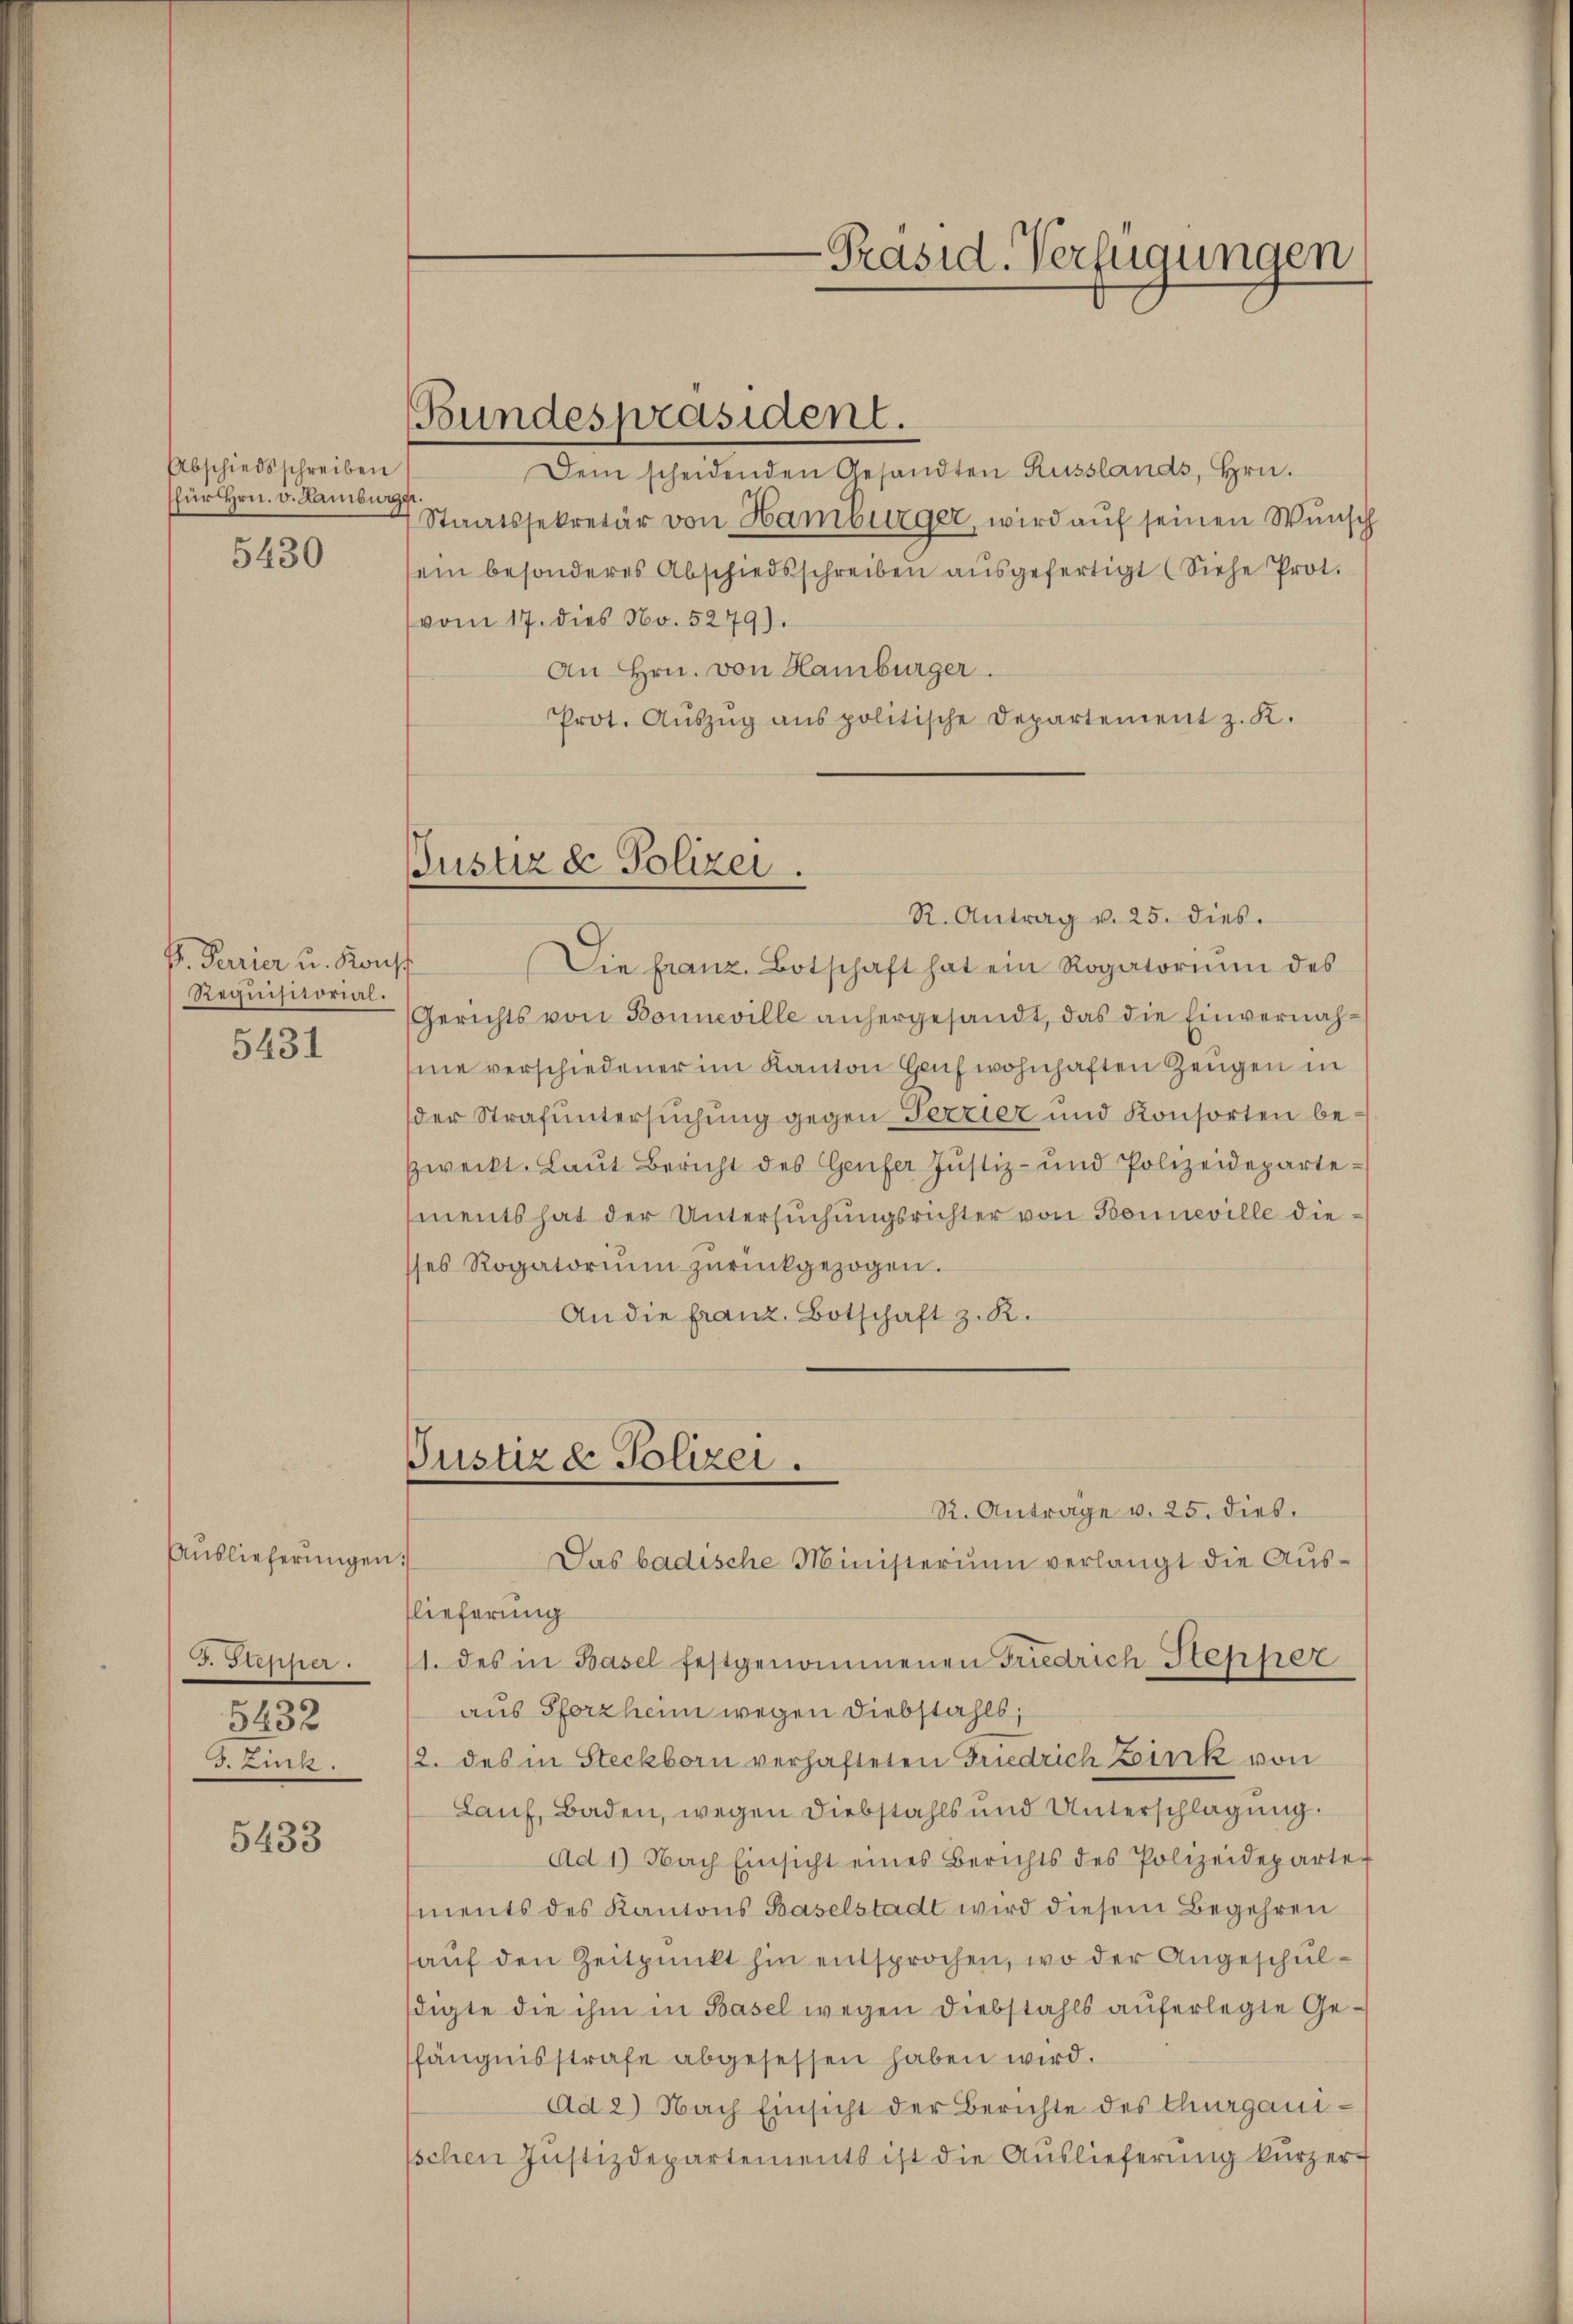
Abschiedsschreiben
für Hrn. v. Lamburgs
5430

P. Parier u. Konst
Requisitorial.
5431

Auslieferungen.
J. Stepper.
5432
3. Zuck

5433

Bundespräsident.

Justiz & Polizei.

Dem scheidenden Gesandten Russlands, Hrn.
Staatssekretär von Hamburger, wird auf seinen Wunsch
sein besonderes Abschiedsschreiben aŭsgefertigt (Siehe Prot.
vom 17. dies No. 5279).
An Hrn. von Hamburger.
Prot. Aŭszŭg ans politische Departement z. K.

R. Antrag v. 25. dies.
Die franz. Botschaft hat ein Rogatorium des
Gerichts von Bonneville anhergesandt, das die Einvernahme verschiedener im Kanton Haus wohnhaften Zeugen in
der Strafuntersuchung gegen Terrier und Konsorten bezweckt. Laŭt Bericht des Genfer Justiz- und Polizeidepartements hat der Untersŭchŭngsrichter von Bonneville die
ses Rogatoriŭm zŭrückgezogen.
An die franz Botschaft z. R.
R. Anträge v. 25. dies
lieferung
1. des in Basel festgenommenen Friedrich Stepher
aus Pforzheim wegen Diebstahls,
2. des in Steckborn verhafteten Friedrich Zeink von
Lauf, Baden, wegen Diebstahls und Unterschlagung.
Ad 1) Nach Einsicht eines Berichts des Polizeideparte
ments des Kantons Baselstadt wird diesem Begehren
auf den Zeitpunkt hin entsprochen, wo der Angeschuldigte die ihm in Basel wegen Diebstahls auferlegte Gefängnisstrafe abgesessen haben wird.
Ad 2) Nach Einsicht der Berichte des Thurgauschen Justizdepartements ist die Auslieferung kürzer

Justiz & Polizei.
Das badische Ministerium verlangt die Aŭs-

-Präsid. Verfügungen